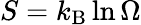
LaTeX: S=k_{\mathrm{B}}\ln\Omega